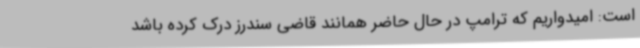
است: امیدواریم که ترامپ در حال حاضر همانند قاضی سندرز درک کرده باشد